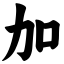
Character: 加